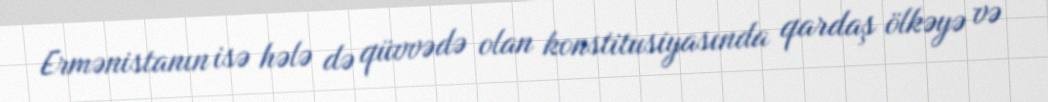
Ermənistanın isə hələ də qüvvədə olan konstitusiyasında qardaş ölkəyə və